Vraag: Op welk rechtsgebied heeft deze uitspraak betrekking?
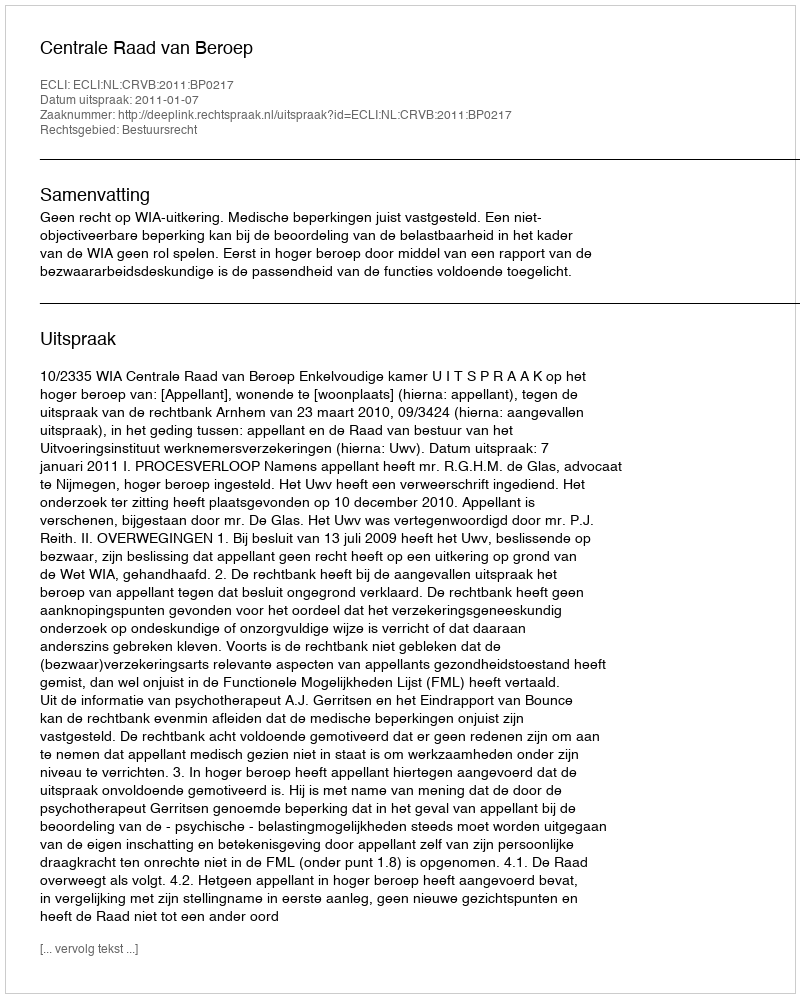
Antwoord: Bestuursrecht